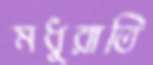
মধুরাতি